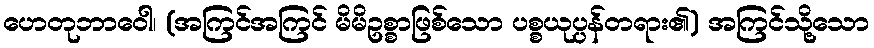
ဟေတုဘာဝေါ၊ (အကြင်အကြင် မိမိဥစ္စာဖြစ်သော ပစ္စယုပ္ပန်တရား၏) အကြင်သို့သော